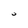
Character: U